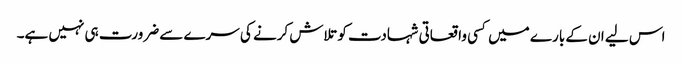
اس لیے ان کے بارے میں کسی واقعاتی شہادت کو تلاش کرنے کی سرے سے ضرورت ہی نہیں ہے۔